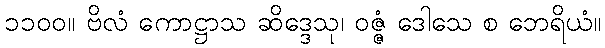
၁၁၀၀။ ဗိလံ ကောဋ္ဌာသ ဆိဒ္ဒေသု၊ ဝဇ္ဇံ ဒေါသေ စ ဘေရိယံ။